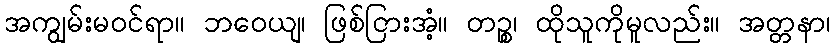
အကျွမ်းမဝင်ရာ။ ဘဝေယျ၊ ဖြစ်ငြားအံ့။ တဉ္စ၊ ထိုသူကိုမူလည်း။ အတ္တနာ၊